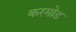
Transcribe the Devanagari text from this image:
करमोड